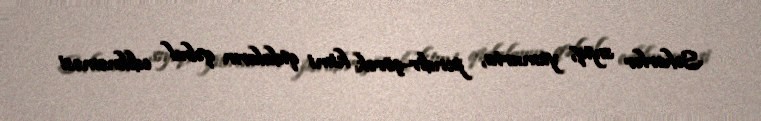
Səhərlər sıyıq, yumurta, pendir-çörək kimi qidaların qəbul edilməməsi